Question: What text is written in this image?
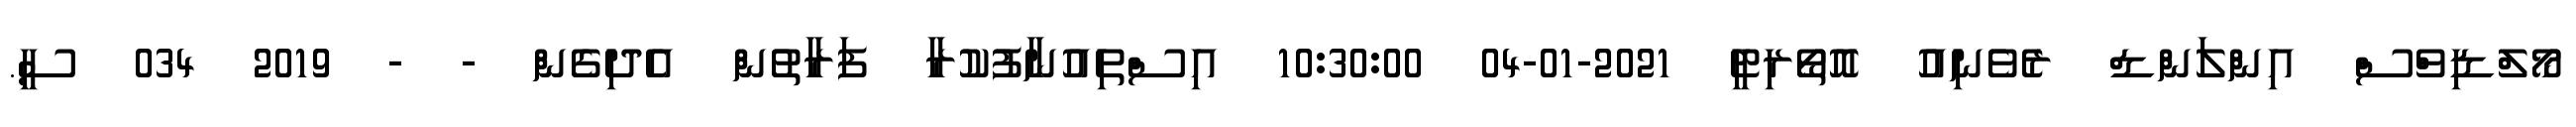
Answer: މޯލްޑިވްސް އިންލަންޑް ރެވެނިއު އޮތޯރިޓީ 2021-01-04 10:30:00 އިސްތިއުނާފުކުރާ ފަރާތުން އެދިގެން - - 2019 034 ސީ.